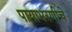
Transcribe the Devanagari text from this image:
पायाभरणीचे